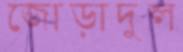
জোড়াদুল